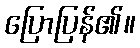
ပြောပြန်၏။